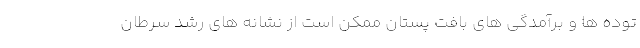
توده ها و برآمدگی های بافت پستان ممکن است از نشانه های رشد سرطان